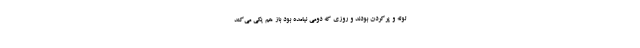
لوله و پُر‌کردن بودند و روزی که دومی نیامده بود باز هم یکی می‌کَند